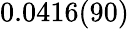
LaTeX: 0.0416(90)